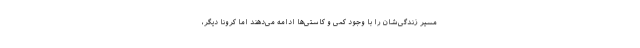
مسیر زندگی‌شان را با وجود کمی و کاستی‌ها ادامه می‌دهند اما کرونا دیگر،